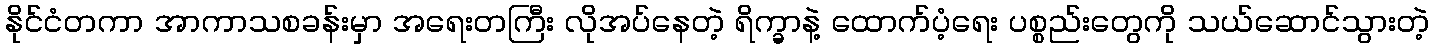
နိုင်ငံတကာ အာကာသစခန်းမှာ အရေးတကြီး လိုအပ်နေတဲ့ ရိက္ခာနဲ့ ထောက်ပံ့ရေး ပစ္စည်းတွေကို သယ်ဆောင်သွားတဲ့